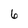
Character: 6